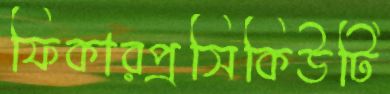
ফিকারপ্রসিকিউটি